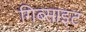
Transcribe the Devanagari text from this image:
गिब्साइट